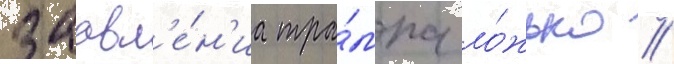
заавл'е́н'иа тра́мпа ло́жью //